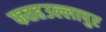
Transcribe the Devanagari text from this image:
फतहउल्लापुर